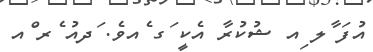
އުފަ ާލ ިއ ޝުކުރާ އެކީ ަގ ެއވެ. ަދއު ެރ ްއ